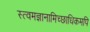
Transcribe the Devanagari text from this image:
स्त्वमज्ञानामिच्छाधिकमपि